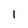
Character: 1